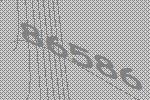
86586